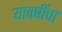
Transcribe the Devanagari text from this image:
यावर्षीचा